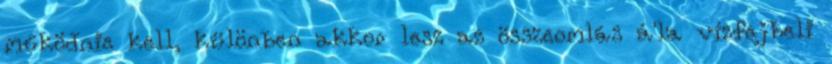
működnie kell, különben akkor lesz az összeomlás á'la vízfejbeli